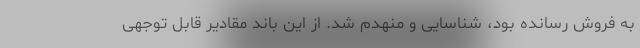
به فروش رسانده بود، شناسایی و منهدم شد. از این باند مقادیر قابل توجهی